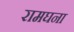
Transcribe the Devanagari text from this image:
रामघना